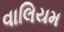
વાલિયમ